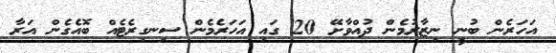
އަހަރެން ބުނީ ނިޒާރުމެން ދުއްވާށޭ 20 ގައި އަހަރެމެން ސިނގިރެޓެއް ބޮއެގެން އަރާ